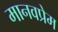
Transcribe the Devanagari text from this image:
मानवप्रेम